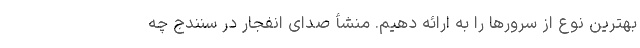
بهترین نوع از سرورها را به ارائه دهیم. منشأ صدای انفجار در سنندج چه